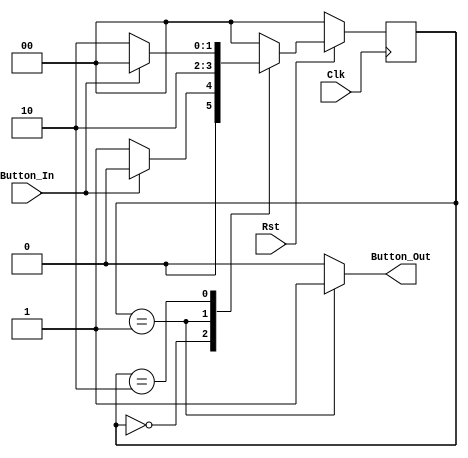
module ButtonShaper(Button_In, Button_Out, Clk, Rst);
	input Button_In, Clk, Rst;
	output Button_Out;
	reg Button_Out;
	reg [1:0] State, StateNext;
	parameter INIT = 0, PULSE = 1, WAIT = 2;

	always @(State, Button_In) begin
		case(State)
			INIT: begin
				Button_Out = 1'b0;
				if(Button_In == 1'b0)
					StateNext = PULSE;
				else
					StateNext = INIT;
			end
			PULSE: begin
				Button_Out = 1'b1;
				StateNext = WAIT;
			end
			WAIT: begin
				Button_Out = 1'b0;
				if(Button_In == 1'b1)
					StateNext = INIT;
				else
					StateNext = WAIT;
			end
			default: begin
				Button_Out = 1'b0;
				StateNext = INIT;
			end
		endcase
	end

	always @(posedge Clk) begin
		if(Rst == 1'b0)
			State <= INIT;
		else
			State <= StateNext;
	end

endmodule